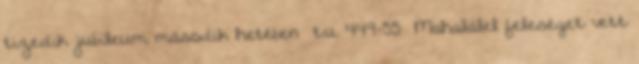
tizedik jubileum második hetében t.u. 449-55 Mahalálel feleséget vett